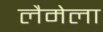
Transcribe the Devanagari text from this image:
लैमेला